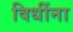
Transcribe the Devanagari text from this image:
विधींना